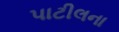
પાટીલના